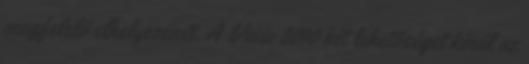
megfelelő elhelyezését. A Visio 2010 két lehetőséget kínál az